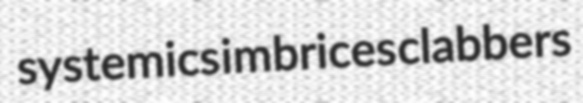
systemics imbrices clabbers